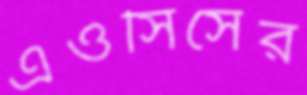
এওসিসের